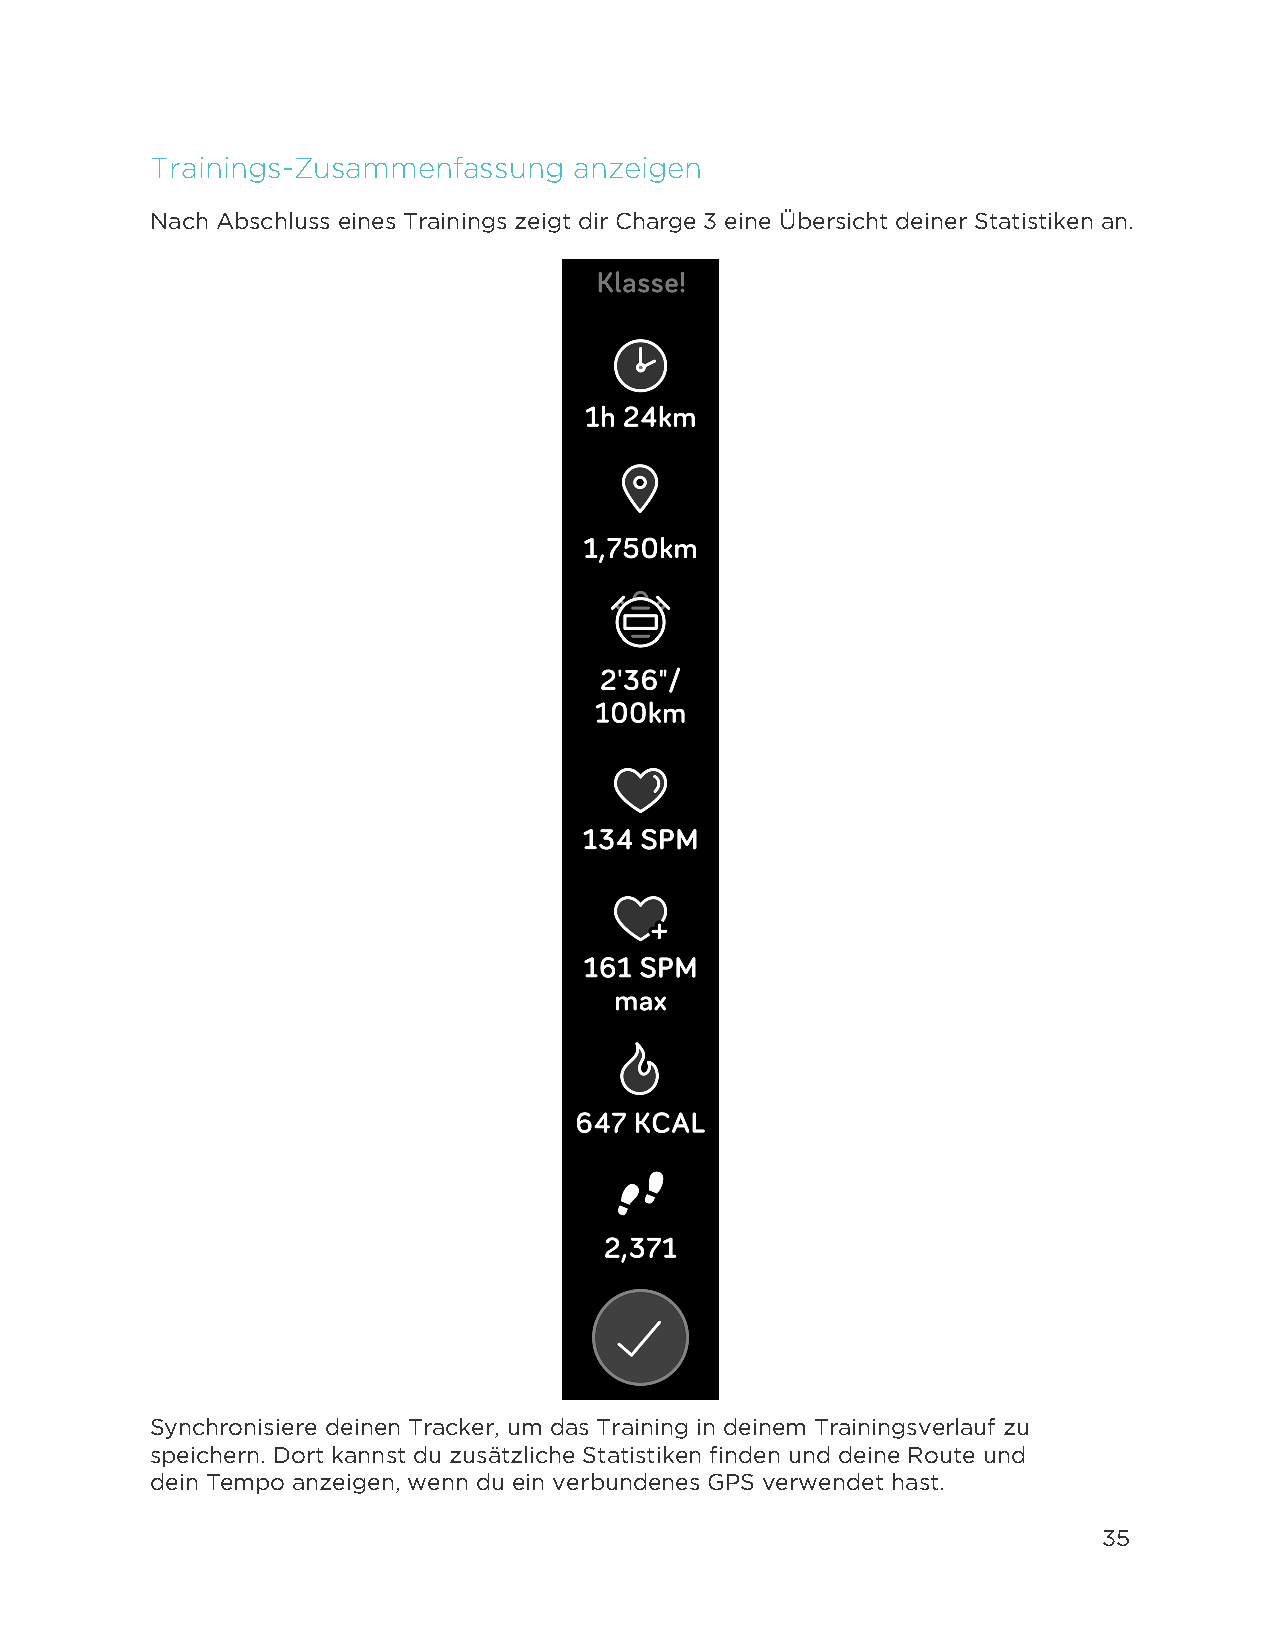
Trainings-Zusammenfassung   anzeigen
 Nach Abschluss eines Trainings zeigt dir Charge 3 eine Übersicht deiner Statistiken an.
 Synchronisiere deinen Tracker, um das Training in deinem Trainingsverlauf zu
 speichern. Dort kannst du zusätzliche Statistiken finden und deine Route und
 dein Tempo anzeigen, wenn du ein verbundenes GPS verwendet hast.
 35